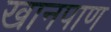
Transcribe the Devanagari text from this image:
खानपाण